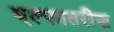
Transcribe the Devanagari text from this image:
एल्फातरीज़